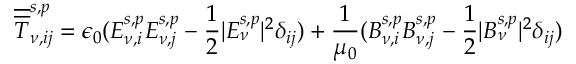
\overline { { \overline { { T } } } } _ { \nu , i j } ^ { s , p } = \epsilon _ { 0 } ( E _ { \nu , i } ^ { s , p } E _ { \nu , j } ^ { s , p } - \frac { 1 } { 2 } | E _ { \nu } ^ { s , p } | ^ { 2 } \delta _ { i j } ) + \frac { 1 } { \mu _ { 0 } } ( B _ { \nu , i } ^ { s , p } B _ { \nu , j } ^ { s , p } - \frac { 1 } { 2 } | B _ { \nu } ^ { s , p } | ^ { 2 } \delta _ { i j } )